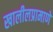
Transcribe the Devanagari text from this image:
खालीलप्रामाणे